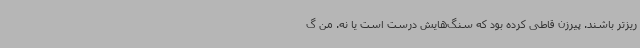
ریزتر باشند. پیرزن قاطی کرده بود که سنگ‌هایش درست است یا نه. من گ